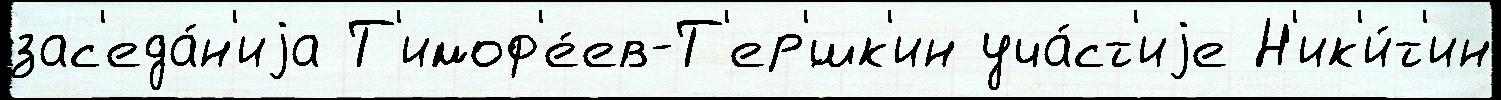
зас'еда́н'иjа Т'имоф'е́ев-Т'ер'́шк'ин уча́ст'иjе Н'ик'и́т'ин